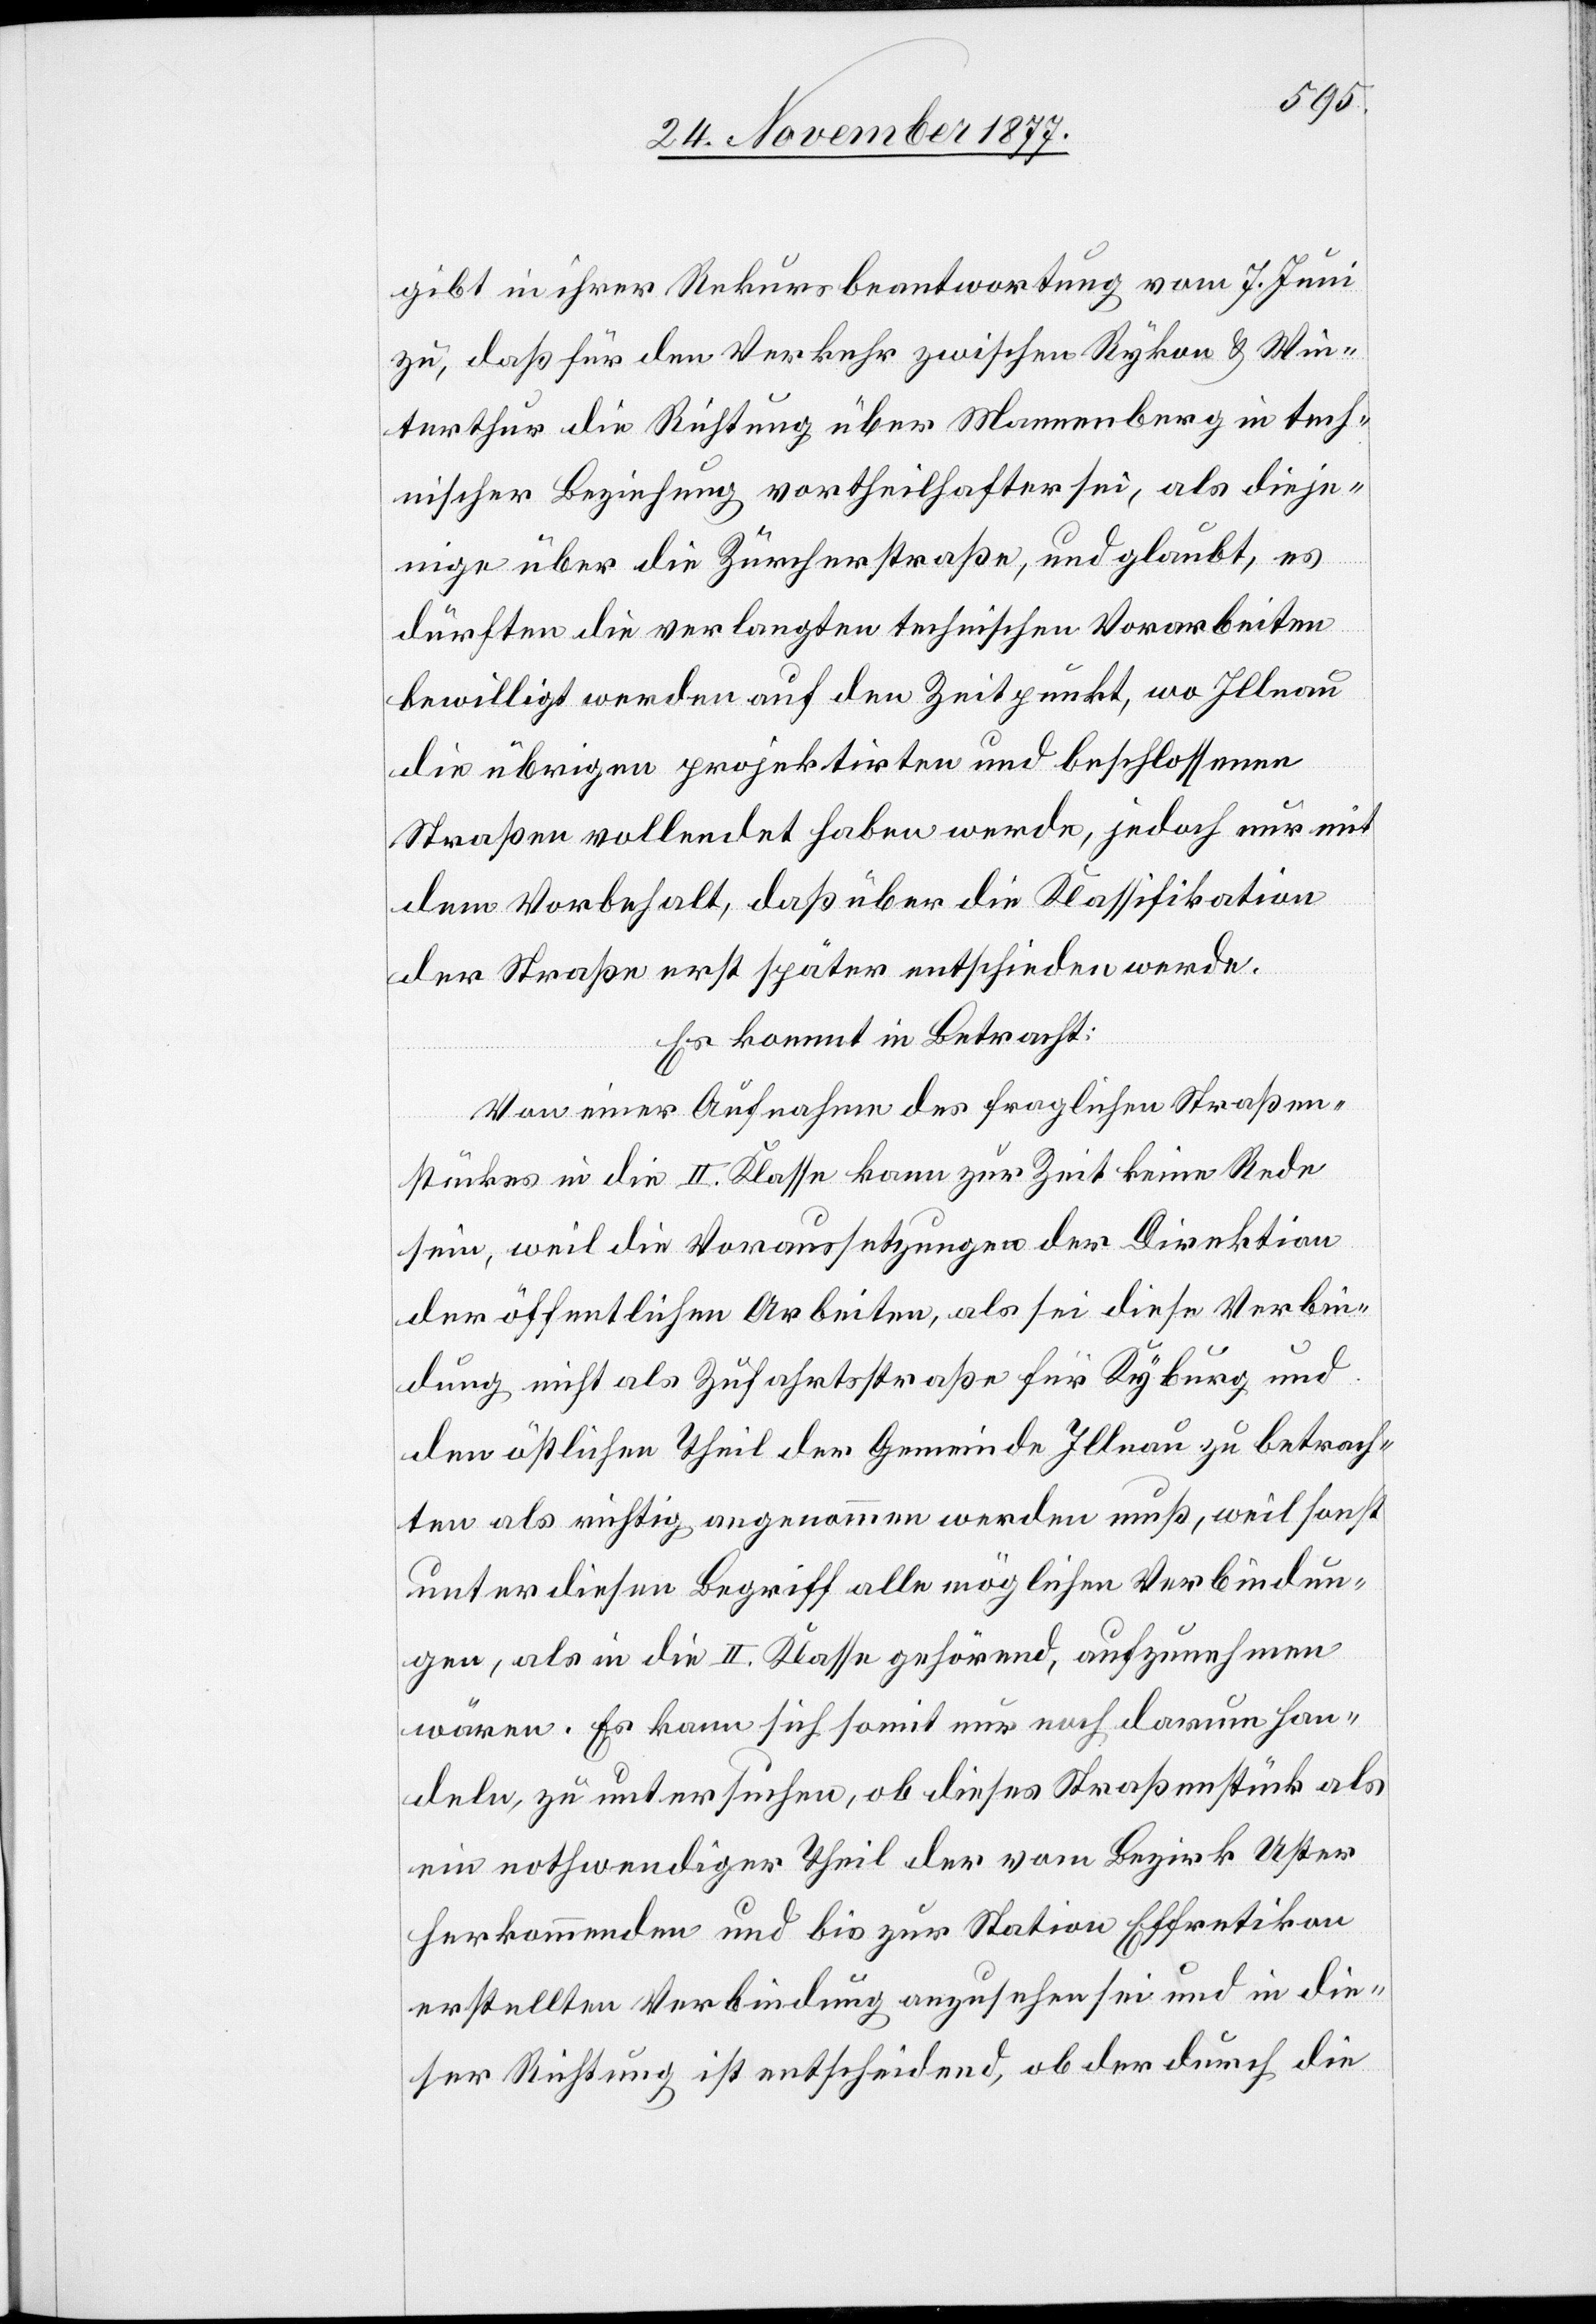
gibt in ihrer Rekursbeantwortung vom 7. Juni
zu, daß für den Verkehr zwischen Rykon & Win¬
terthur die Richtung über Mannenberg in tech¬
nischer Beziehung vortheilhafter sei, als dieje¬
nige über die Zürcherstraße, und glaubt, es
dürften die verlangten technischen Vorarbeiten
bewilligt werden auf den Zeitpunkt, wo Illnau
die übrigen projektirten und beschlossenen
Straßen vollendet haben werde, jedoch nur mit
dem Vorbehalt, daß über die Klassifikation
der Straße erst später entschieden werde.
Es kommt in Betracht:
Von einer Aufnahme des fraglichen Straßen¬
stückes in die II. Klasse kann zur Zeit keine Rede
sein, weil die Voraussetzungen der Direktion
der öffentlichen Arbeiten, als sei diese Verbin¬
dung nicht als Zufahrtsstraße für Kyburg und
den östlichen Theil der Gemeinde Illnau zu betrach¬
ten als richtig angenommen werden muß, weil sonst
unter diesen Begriff alle möglichen Verbindun¬
gen, als in die II. Klasse gehörend, aufzunehmen
wären. Es kann sich somit nur noch darum han¬
deln, zu untersuchen, ob dieses Straßenstück als
ein nothwendiger Theil der vom Bezirk Uster
herkommenden und bis zur Station Effretikon
erstellten Verbindung anzusehen sei und in die¬
ser Richtung ist entscheidend, ob der durch die